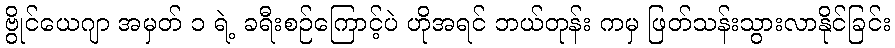
ဗွိုင်ယေဂျာ အမှတ် ၁ ရဲ့ ခရီးစဉ်ကြောင့်ပဲ ဟိုအရင် ဘယ်တုန်း ကမှ ဖြတ်သန်းသွားလာနိုင်ခြင်း